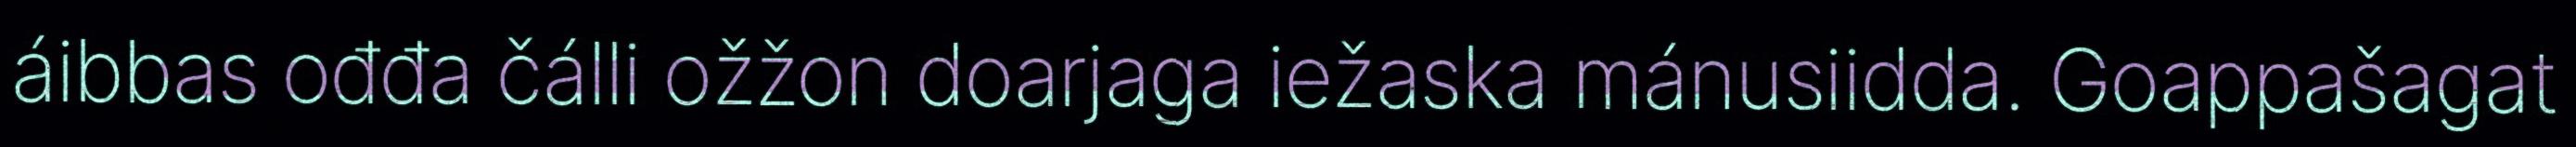
áibbas ođđa čálli ožžon doarjaga iežaska mánusiidda. Goappašagat